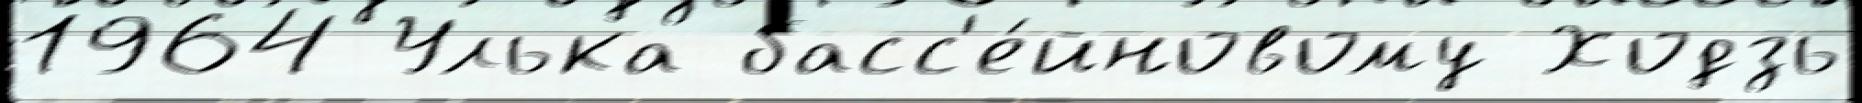
1964 Улька басс'е́йновому Ходзь